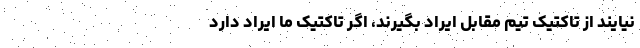
نیایند از تاکتیک تیم مقابل ایراد بگیرند، اگر تاکتیک ما ایراد دارد